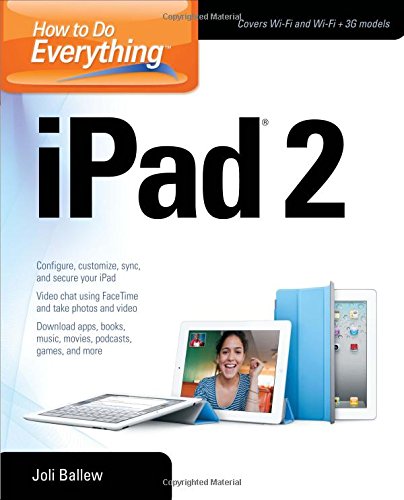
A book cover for How to Do Everything iPad 2; Joli Ballew; Computers & Technology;